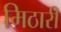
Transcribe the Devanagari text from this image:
मिठारी